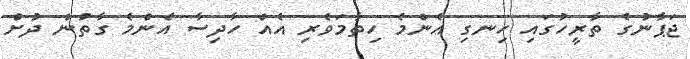
ޖަޕާނުގެ ތާރީހުގައި ހިނގި އެންމެ ހިތާމަވެރި އެއް ހާދިސާ އެންމެ ގާތުން ދުށް